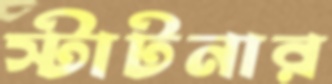
স্টাটনার